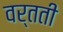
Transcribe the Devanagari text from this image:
वर्तती